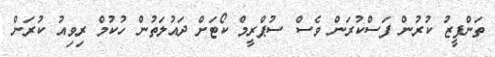
ތަންފީޒު ކުރުން ފަސްކުރަން ވެސް ސުޕްރީމް ކޯޓަށް ދައުލަތުން ހުކުމް ރިވިއު ކުރަން